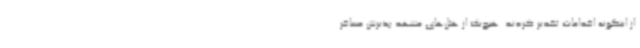
از اینگونه اقدامات تقدیر کردند. هیچ‌یک از هتل‌های مشهد پذیرش مسافر